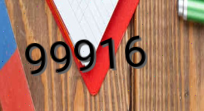
99916